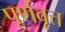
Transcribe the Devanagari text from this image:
पूर्णवृत्त